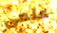
علمى